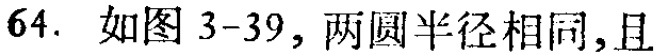
64. 如图 3-39，两圆半径相同，且